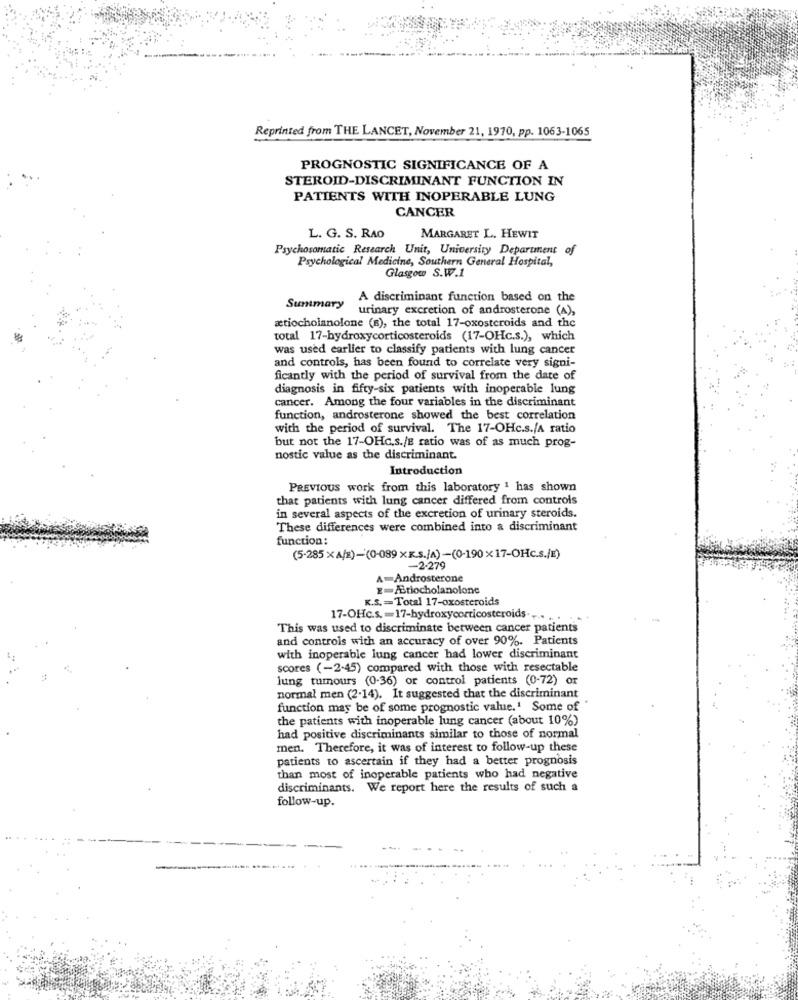
Reprinted from THE LANCET, November 21, 1970, pp. 1063-1065
PROGNOSTIC SIGNIFICANCE OF A
STEROID-DISCRIMINANT FUNCTION IN
PATIENTS WITH INOPERABLE LUNG
CANCER
L. G. S. RAO
MARGARET L. HEWIT
Psychosomatic Research Unit, University Department of
Psychological Medicine, Southern General Hospital,
Glasgow S.W.1
A discriminant function based on the
Summary
urinary excretion of androsterone (A),
ætiocholanolone (s), the total 17-oxosteroids and the
total 17-hydroxycorticosteroids (17-OHc.s.), which
was used earlier to classify patients with lung cancer
and controls, has been found to correlate very signi-
ficantly with the period of survival from the date of
diagnosis in fifty-six patients with inoperable lung
cancer. Among the four variables in the discriminant
function, androsterone showed the best correlation
with the period of survival. The 17-OHc.s./A ratio
but not the 17-OHc.s./E ratio was of as much prog-
nostic value as the discriminant.
Introduction
PREVIOUS work from this laboratory & has shown
that patients with lung cancer differed from controls
in several aspects of the excretion of urinary steroids.
These differences were combined into a discriminant
function:
(5-285 XA/2)-(0-089 xx.s./A) -(0-190 x17-OHc.s./E)
-2-279
A-Androsterone
E=Ariocholanolone
K.S. = Total 17-oxosteroids
17-OHc.s .= 17-hydroxycorticosteroids .... .. . ..
This was used to discriminate between cancer patients
and controls with an accuracy of over 90%. Patients
with inoperable lung cancer had lower discriminant
scores (-2-45) compared with those with resectable
lung tumours (0-36) or control patients (0-72) or
normal men (2-14). It suggested that the discriminant
function may be of some prognostic value.' Some of
the patients with inoperable lung cancer (about 10%)
had positive discriminants similar to those of normal
men. Therefore, it was of interest to follow-up these
patients to ascertain if they had a better prognosis
than most of inoperable patients who had negative
discriminants. We report here the results of such a
follow-up.